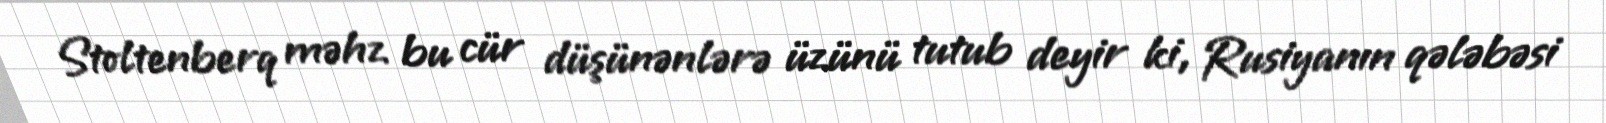
Stoltenberq məhz bu cür düşünənlərə üzünü tutub deyir ki, Rusiyanın qələbəsi